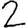
Digit: 2